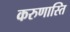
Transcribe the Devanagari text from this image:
करुणास्ति